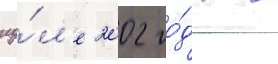
иу́л'е 2002 го́да в